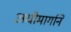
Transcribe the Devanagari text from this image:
अधोमार्गाने